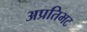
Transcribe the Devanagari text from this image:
अप्रतिभट